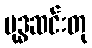
ဗုဒ္ဓဆင်းတု